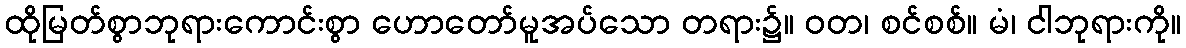
ထိုမြတ်စွာဘုရားကောင်းစွာ ဟောတော်မူအပ်သော တရား၌။ ဝတ၊ စင်စစ်။ မံ၊ ငါဘုရားကို။